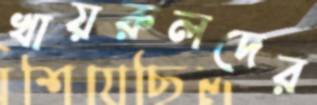
খায়রুলদের